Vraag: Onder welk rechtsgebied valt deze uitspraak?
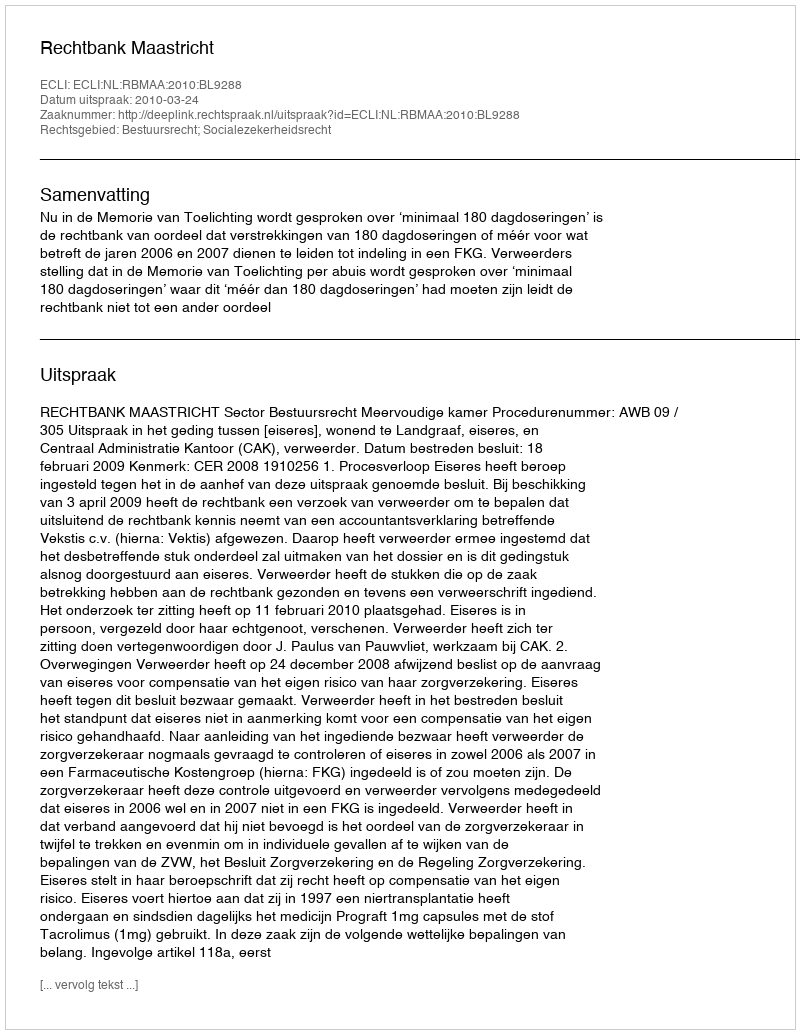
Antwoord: Bestuursrecht; Socialezekerheidsrecht